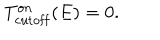
T _ { \mathrm { c u t o f f } } ^ { \mathrm { o n } } ( E ) = 0 .